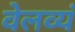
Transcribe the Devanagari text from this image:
वेलव्यं